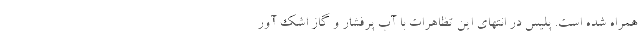
همراه شده است. پلیس در انتهای این تظاهرات با آب پرفشار و گاز اشک آور